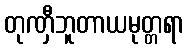
တုဏှီဘူတာယမုတ္တရာ